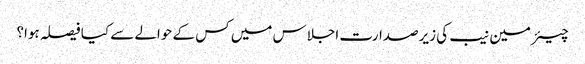
چیئرمین نیب کی زیرصدارت اجلاس میں کس کے حوالے سے کیا فیصلہ ہوا؟